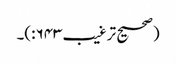
(صحیح ترغیب۶۴۳:)۔